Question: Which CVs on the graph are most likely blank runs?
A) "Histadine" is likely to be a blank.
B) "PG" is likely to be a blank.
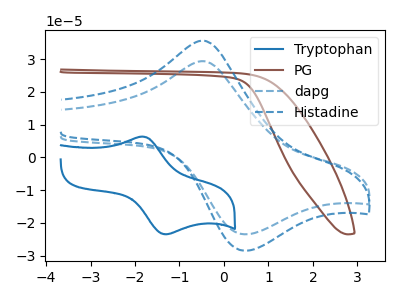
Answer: <think>The blue curve "Tryptophan" has an anodic peak at (-1.85V, 6.30uA) and a cathodic peak at (-1.30V, -23.50uA). The brown curve "PG" has no peaks. The blue dashed curve "dapg" has an anodic peak at (-0.45V, 29.35uA) and a cathodic peak at (0.45V, -23.50uA). The blue dashed curve "Histadine" has an anodic peak at (-0.45V, 35.55uA) and a cathodic peak at (0.45V, -28.50uA).</think>
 <answer>B) "PG" is likely to be a blank.</answer>
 <eval>B</eval>